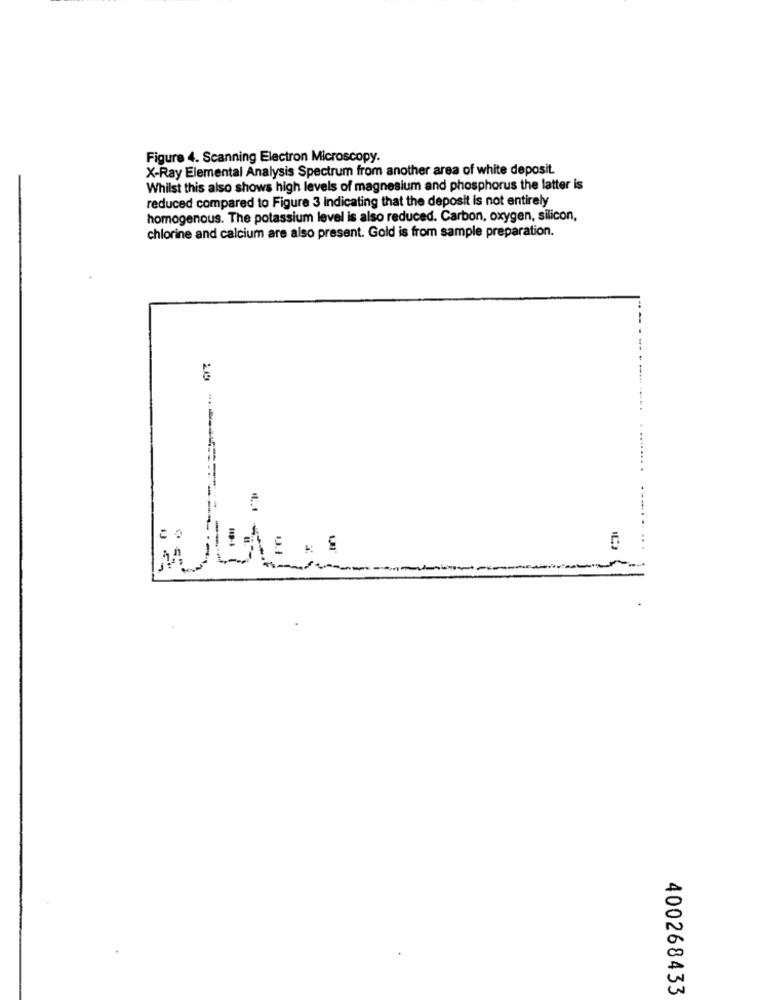
Figure 4. Scanning Electron Microscopy.
X-Ray Elemental Analysis Spectrum from another area of white deposit.
Whilst this also shows high levels of magnesium and phosphorus the latter is
reduced compared to Figure 3 indicating that the deposit is not entirely
homogenous. The potassium level is also reduced. Carbon, oxygen, silicon,
chlorine and calcium are also present. Gold is from sample preparation.
-
IL.
20 " =======----
.........
400268433